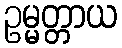
ဥမ္မတ္တာယ